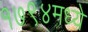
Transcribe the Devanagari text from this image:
१७९४मध्ये